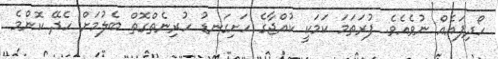
ހޯދިފައެއް ނުވެއެވެ. ފުރަތަމަ ކަމަކީ ކުއްޖާގެ ހަށިގަނޑު ހުރިނެތްގޮތް ބެލުމަށް ހެދޭ ކޮންމެ